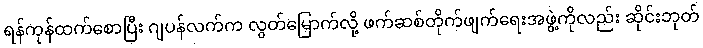
ရန်ကုန်ထက်စောပြီး ဂျပန်လက်က လွတ်မြောက်လို့ ဖက်ဆစ်တိုက်ဖျက်ရေးအဖွဲ့ကိုလည်း ဆိုင်းဘုတ်